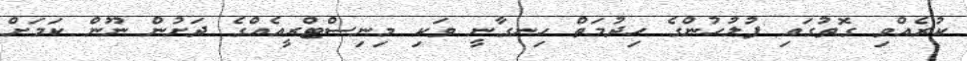
ކުރެއްވި ގޮތުގައި ފުލުހުންގެ ހިދުމަތް ހިނގާނީ ވަކި މިނިސްޓްރީއެއްގެ ދަށުން ނޫން ކަމަށް